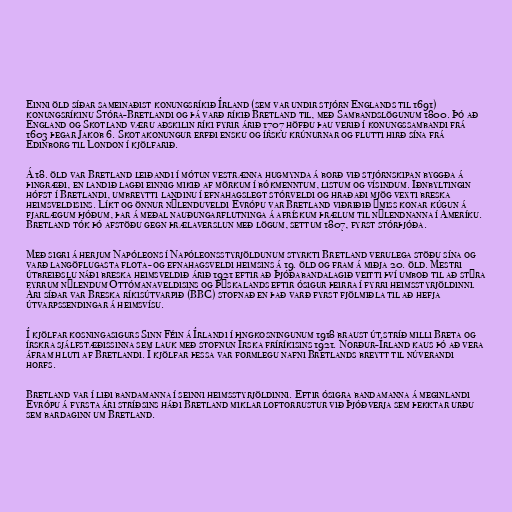
Einni öld síðar sameinaðist konungsríkið Írland (sem var undir stjórn Englands til 1691)
konungsríkinu Stóra-Bretlandi og þá varð ríkið Bretland til, með Sambandslögunum 1800. Þó að
England og Skotland væru aðskilin ríki fyrir árið 1707 höfðu þau verið í konungssambandi frá
1603 þegar Jakob 6. Skotakonungur erfði ensku og írsku krúnurnar og flutti hirð sína frá
Edinborg til London í kjölfarið.

Á 18. öld var Bretland leiðandi í mótun vestrænna hugmynda á borð við stjórnskipan byggða á
þingræði, en landið lagði einnig mikið af mörkum í bókmenntum, listum og vísindum. Iðnbyltingin
hófst í Bretlandi, umbreytti landinu í efnahagslegt stórveldi og hraðaði mjög vexti breska
heimsveldisins. Líkt og önnur nýlenduveldi Evrópu var Bretland viðriðið ýmiss konar kúgun á
fjarlægum þjóðum, þar á meðal nauðungarflutninga á afrískum þrælum til nýlendnanna í Ameríku.
Bretland tók þó afstöðu gegn þrælaverslun með lögum, settum 1807, fyrst stórþjóða.

Með sigri á herjum Napóleons í Napóleonsstyrjöldunum styrkti Bretland verulega stöðu sína og
varð langöflugasta flota- og efnahagsveldi heimsins á 19. öld og fram á miðja 20. öld. Mestri
útbreiðslu náði breska heimsveldið árið 1921 eftir að Þjóðabandalagið veitti því umboð til að stýra
fyrrum nýlendum Ottómanaveldisins og Þýskalands eftir ósigur þeirra í fyrri heimsstyrjöldinni.
Ári síðar var Breska ríkisútvarpið (BBC) stofnað en það varð fyrst fjölmiðla til að hefja
útvarpssendingar á heimsvísu.

Í kjölfar kosningasigurs Sinn Féin á Írlandi í þingkosningunum 1918 braust út stríð milli Breta og
írskra sjálfstæðissinna sem lauk með stofnun Írska fríríkisins 1921. Norður-Írland kaus þó að vera
áfram hluti af Bretlandi. Í kjölfar þessa var formlegu nafni Bretlands breytt til núverandi
horfs.

Bretland var í liði bandamanna í seinni heimsstyrjöldinni. Eftir ósigra bandamanna á meginlandi
Evrópu á fyrsta ári stríðsins háði Bretland miklar loftorrustur við Þjóðverja sem þekktar urðu
sem bardaginn um Bretland.